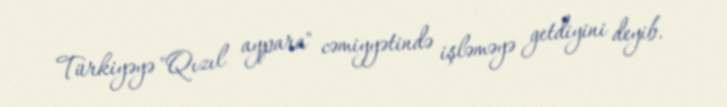
Türkiyəyə "Qızıl aypara" cəmiyyətində işləməyə getdiyini deyib.